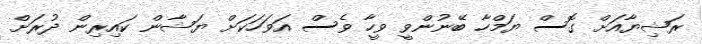
ރަޝިޔާއަށް ގޮސް ޔަމްހާ ބޭނުންވީ ވީހާ ވެސް އަވަހަކަށް ޔަޝާން ކައިރިން ދުރަށް